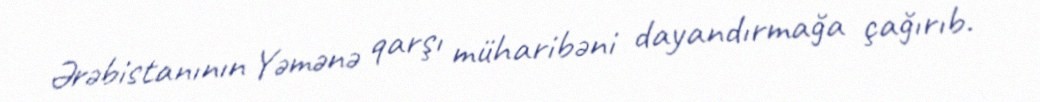
Ərəbistanının Yəmənə qarşı müharibəni dayandırmağa çağırıb.